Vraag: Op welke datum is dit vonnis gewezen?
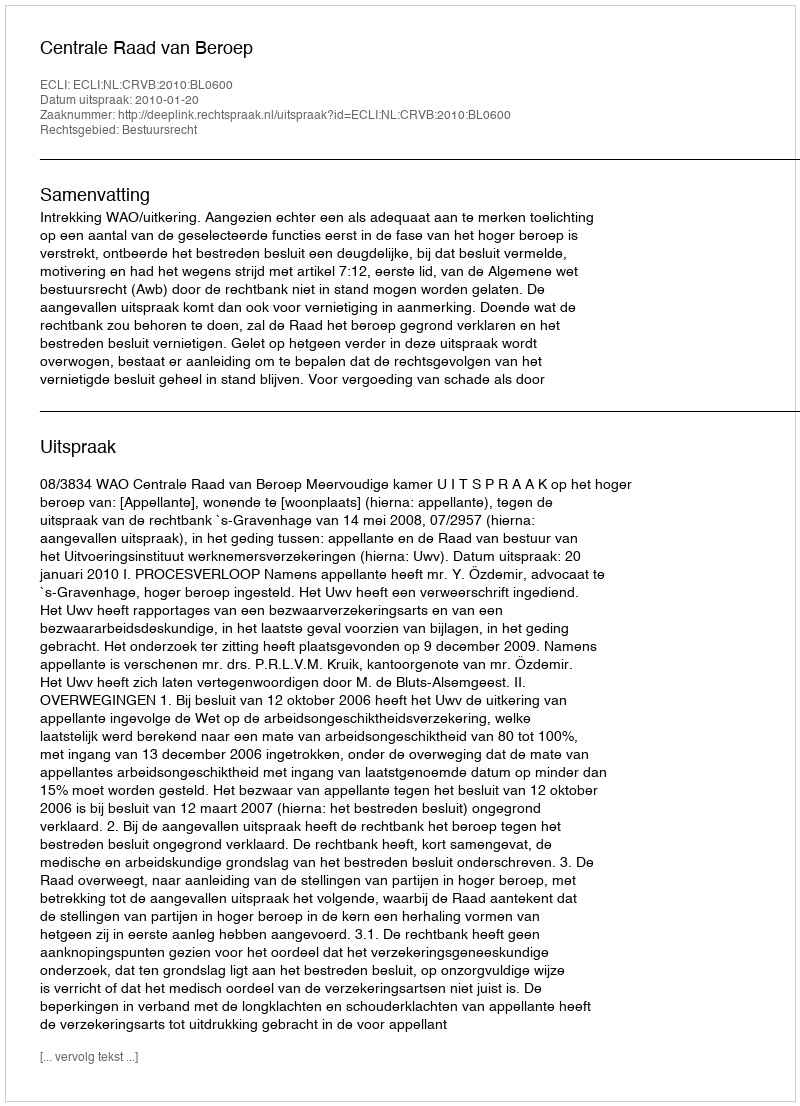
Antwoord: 2010-01-20